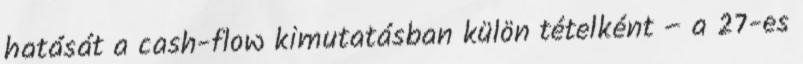
hatását a cash-flow kimutatásban külön tételként – a 27-es